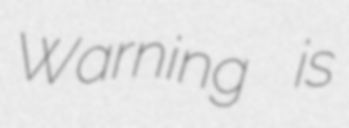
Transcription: Warning is